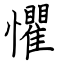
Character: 懼